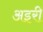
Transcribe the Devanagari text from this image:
अइरी